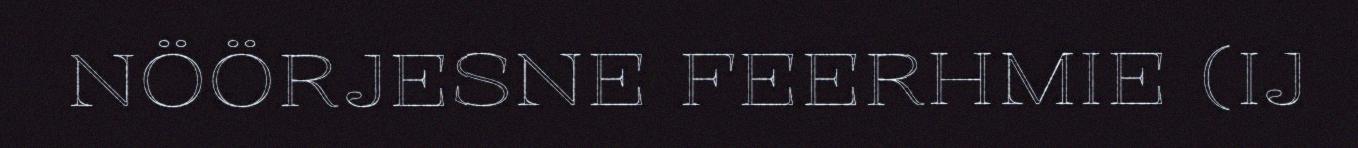
NÖÖRJESNE FEERHMIE (IJ